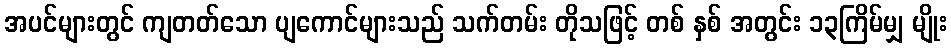
အပင်များတွင် ကျတတ်သော ပျကောင်များသည် သက်တမ်း တိုသဖြင့် တစ် နှစ် အတွင်း ၁၃ကြိမ်မျှ မျိုး